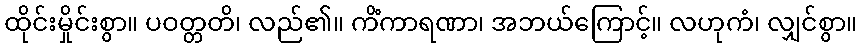
ထိုင်းမှိုင်းစွာ။ ပဝတ္တတိ၊ လည်၏။ ကိံကာရဏာ၊ အဘယ်ကြောင့်။ လဟုကံ၊ လျှင်စွာ။